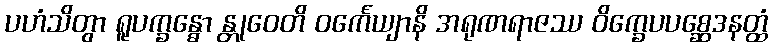
ပဟံသိတွာ ရူပက္ခန္ဓော န္တုဝေတိ ဝင်္ကေယျာနိ အရုဏရာဇဿ ဝိက္ခေပပစ္ဆေဒနတ္ထံ